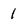
Character: 1